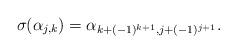
LaTeX: \begin{align*}\sigma(\alpha_{j,k})=\alpha_{k+(-1)^{k+1},j+(-1)^{j+1}}.\end{align*}